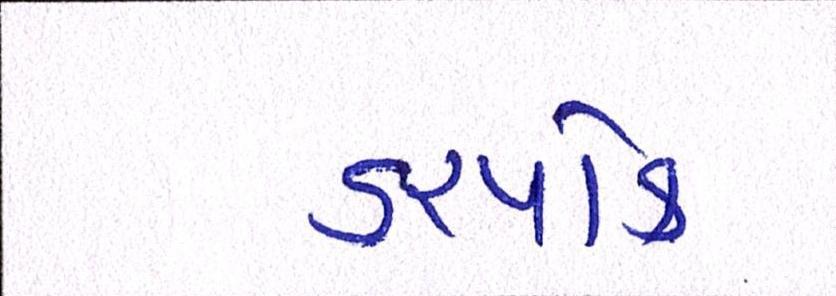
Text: ડરપોક